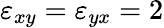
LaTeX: \varepsilon_{xy}=\varepsilon_{yx}=2